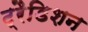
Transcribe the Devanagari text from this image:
ट्रैडिशन